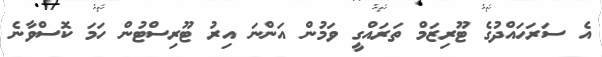
އެ ސަރަހައްދުގެ ޓޫރިޒަމް ތަރައްގީ ވަމުން އަންނަ އިރު ޓޫރިސްޓުން ހަމަ ކޮސްވާނެ